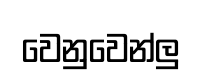
වෙනුවෙන්ලු